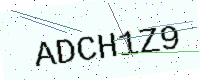
Text: ADCH1Z9